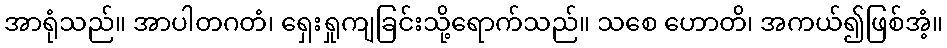
အာရုံသည်။ အာပါတဂတံ၊ ရှေးရှုကျခြင်းသို့ရောက်သည်။ သစေ ဟောတိ၊ အကယ်၍ဖြစ်အံ့။